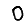
Digit: 0